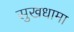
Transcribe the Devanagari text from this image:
सुखधामा